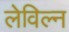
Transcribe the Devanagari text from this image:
लेविल्न